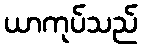
ယာကုပ်သည်